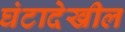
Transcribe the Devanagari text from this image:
घंटादेखील